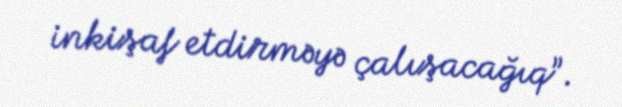
inkişaf etdirməyə çalışacağıq”.